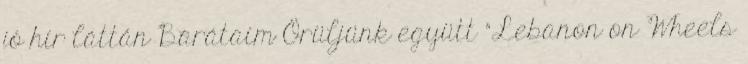
jó hír láttán Barátaim Örüljünk együtt "Lebanon on Wheels